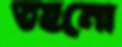
তহনো